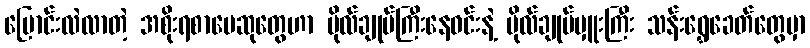
ပြောင်းလဲလာတဲ့ အစိုးရစာပေဆုတွေဟာ ဗိုလ်ချုပ်ကြီးနေဝင်းနဲ့ ဗိုလ်ချုပ်မှူးကြီး သန်းရွှေခေတ်တွေမှာ